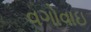
વગોવાઇ